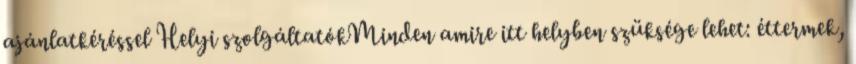
ajánlatkéréssel Helyi szolgáltatókMinden amire itt helyben szüksége lehet: éttermek,